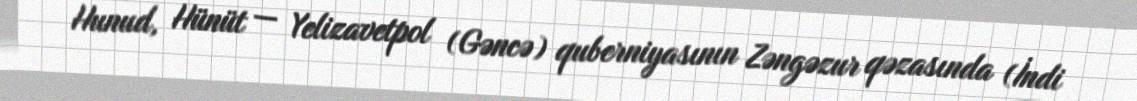
Hunud, Hünüt — Yelizavetpol (Gəncə) quberniyasının Zəngəzur qəzasında (İndi